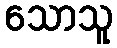
သောသူ